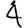
Digit: 4